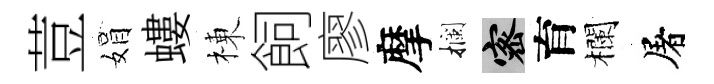
荳娟螻棟飼廖摩攔密育欄屠